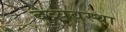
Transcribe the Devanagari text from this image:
दुव्र्यवस्था